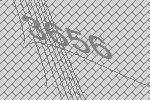
3656